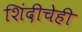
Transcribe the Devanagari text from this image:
शिंदीचेही